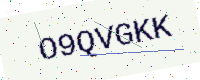
Text: O9QVGKK